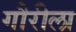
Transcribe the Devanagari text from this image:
गौरीला